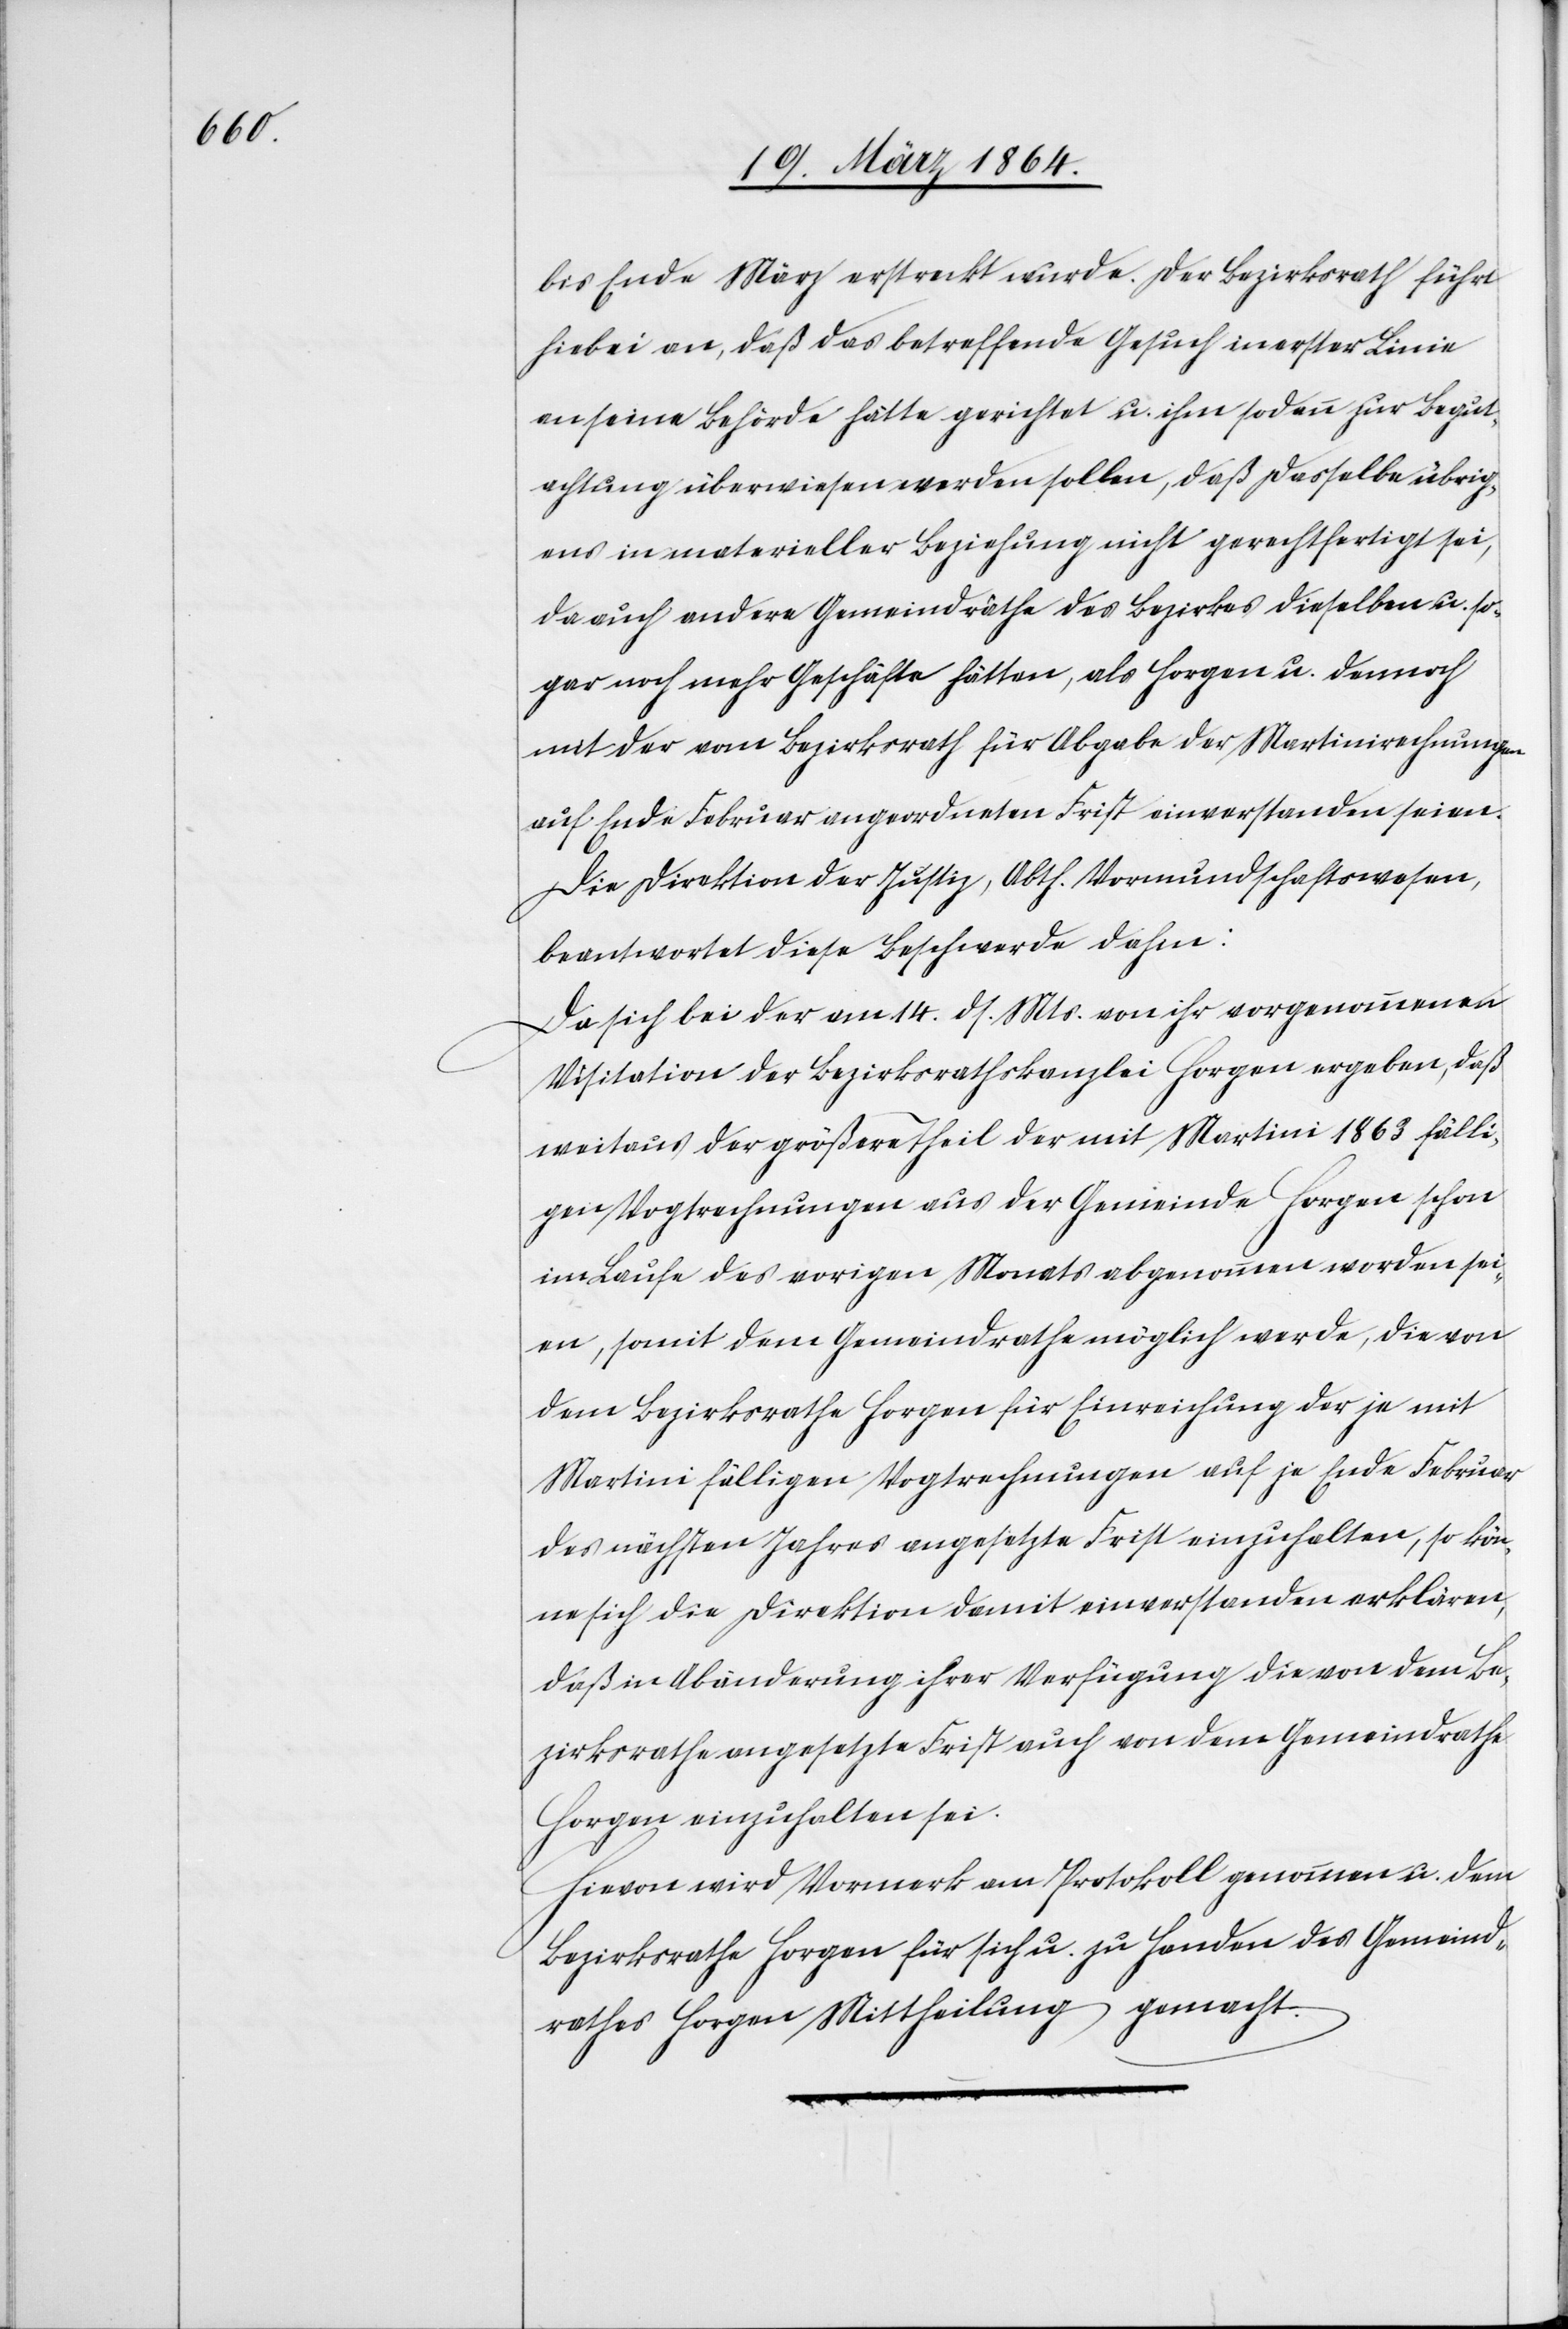
bis Ende März erstreckt wurde. Der Bezirksrath führt
hiebei an, daß das betreffende Gesuch in erster Linie
an seine Behörde hätte gerichtet u. ihm sodann zur Begut¬
achtung überwiesen werden sollen, daß dasselbe übrig¬
ens in materieller Beziehung nicht gerechtfertigt sei,
da auch andere Gemeindräthe des Bezirkes dieselben u. so¬
gar noch mehr Geschäfte hätten, als Horgen u. dennoch
mit der vom Bezirksrath für Abgabe der Martinirechnungen
auf Ende Februar angeordneten Frist einverstanden seien.
Die Direktion der Justiz, Abth. Vormundschaftswesen,
beantwortet diese Beschwerde dahin:
Da sich bei der am 14. ds. Mts. von ihr vorgenommenen
Visitation der Bezirksrathskanzlei Horgen ergeben, daß
weitaus der größere Theil der mit Martini 1863 fälli¬
gen Vogtrechnungen aus der Gemeinde Horgen schon
im Laufe des vorigen Monats abgenommen worden sei¬
en, somit dem Gemeindrathe möglich werde, die von
dem Bezirksrathe Horgen für Einreichung der je mit
Martini fälligen Vogtrechnungen auf je Ende Februar
des nächsten Jahres angesetzte Frist einzuhalten, so kön¬
ne sich die Direktion damit einverstanden erklären,
daß in Abänderung ihrer Verfügung die von dem Be¬
zirksrathe angesetzte Frist auch von dem Gemeinderathe
Horgen einzuhalten sei.
Hievon wird Vormerk am Protokoll genommen u. dem
Bezirksrathe Horgen für sich u. zu Handen des Gemeind¬
rathes Horgen Mittheilung gemacht.